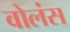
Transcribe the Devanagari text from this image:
वोलंस